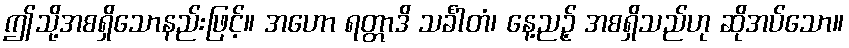
ဤသို့အစရှိသောနည်းဖြင့်။ အဟော ရတ္တာဒိ သင်္ခါတံ၊ နေ့ညဉ့် အစရှိသည်ဟု ဆိုအပ်သော။